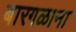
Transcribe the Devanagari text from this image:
बारगळाना